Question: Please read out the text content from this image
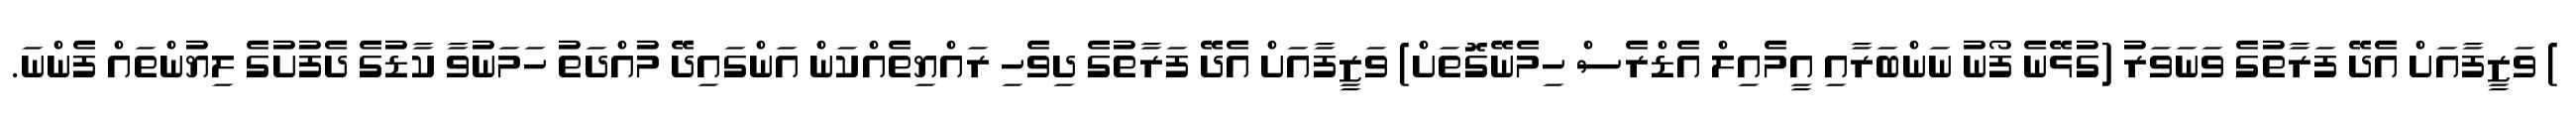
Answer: ) ވަޒީފާއަށް އެދޭ ފަރާތުގެ ވަނަވަރު (ގުޅޭނެ ފޯނު ނަންބަރާއި އީމެއިލް އެޑްރެސް ހިމެނޭގޮތަށް) ވަޒީފާއަށް އެދޭ ފަރާތުގެ ދިވެހި ރައްޔިތެއްކަން އަންގައިދޭ މުއްދަތު ހަމަނުވާ ކާޑުގެ ދެފުށުގެ ލިޔުންތައް ފެންނަ.